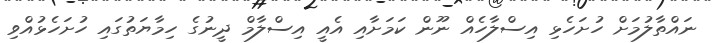
ނައްތާލުމަށް ހުށަހެޅި އިސްލާހެއް ނޫން ކަމަށާއި އެއީ އިސްލާމް ދީނުގެ ހިމާޔަތުގައި ހުށަހެޅުއްވި